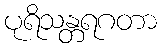
ပုရိသန္တရဂတာ